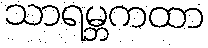
သာရမ္ဘကထာ